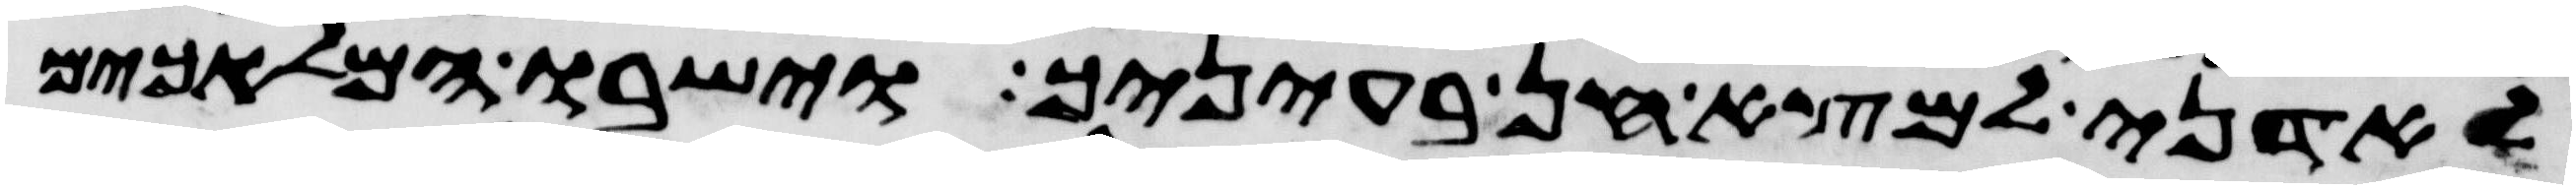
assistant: לאדני למצא חן בעיניך וישבו המלאכים